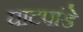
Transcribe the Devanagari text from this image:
घाटपांडे